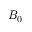
B _ { 0 }